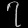
Digit: ၇